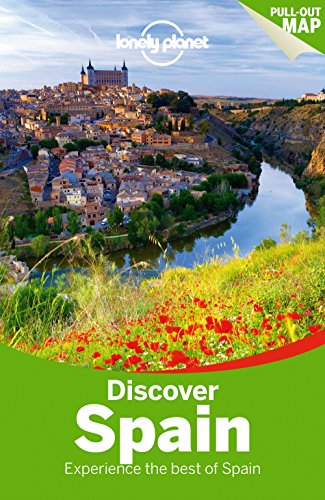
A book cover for Lonely Planet Discover Spain (Travel Guide); Lonely Planet; Travel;